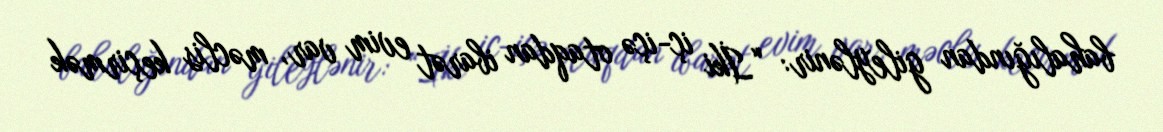
bahalığından gileylənir: “İki iç-içə otaqdan ibarət evim var, məclis keçirmək